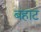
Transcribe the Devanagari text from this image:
बहाट